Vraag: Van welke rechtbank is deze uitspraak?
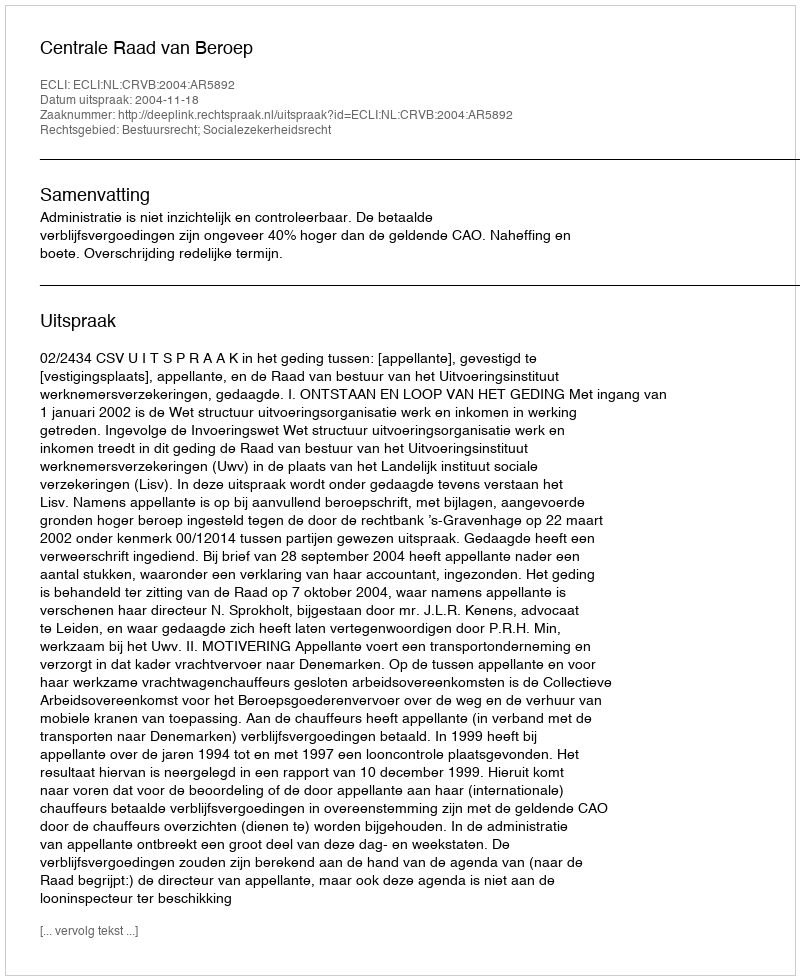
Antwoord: Centrale Raad van Beroep